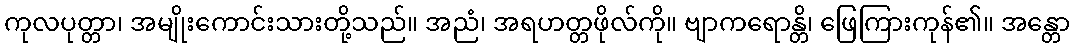
ကုလပုတ္တာ၊ အမျိုးကောင်းသားတို့သည်။ အညံ၊ အရဟတ္တဖိုလ်ကို။ ဗျာကရောန္တိ၊ ဖြေကြားကုန်၏။ အန္တော